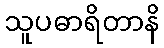
သူပဓာရိတာနိ